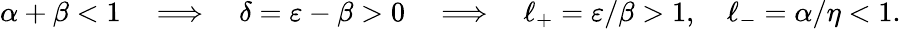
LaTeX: \alpha+\beta<1\quad\Longrightarrow\quad\delta=\varepsilon-\beta>0\quad\Longrightarrow\quad\ell_{+}=\varepsilon/\beta>1,\quad\ell_{-}=\alpha/\eta<1.